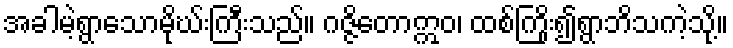
အခါမဲ့ရွာသောမိုဃ်းကြီးသည်။ ဂဇ္ဇိတောဣဝ၊ ထစ်ကြိုး၍ရွာဘိသကဲ့သို့။